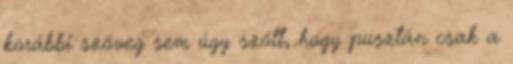
korábbi szöveg sem úgy szólt, hogy pusztán csak a